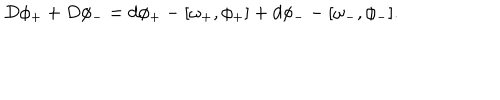
D \phi _ { + } + D \phi _ { - } = d \phi _ { + } - [ \omega _ { + } , \phi _ { + } ] + d \phi _ { - } - [ \omega _ { - } , \phi _ { - } ] .